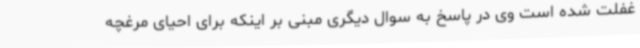
غفلت شده است وی در پاسخ به سوال دیگری مبنی بر اینکه برای احیای مرغچه